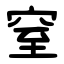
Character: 窒